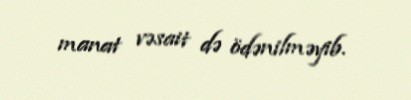
manat vəsait də ödənilməyib.